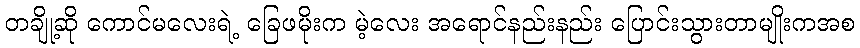
တချို့ဆို ကောင်မလေးရဲ့ ခြေဖမိုးက မဲ့လေး အရောင်နည်းနည်း ပြောင်းသွားတာမျိုးကအစ